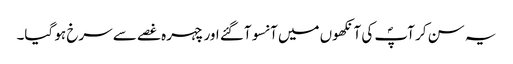
یہ سن کر آپؐ کی آنکھوں میں آنسو آگئے اور چہرہ غصے سے سرخ ہو گیا۔